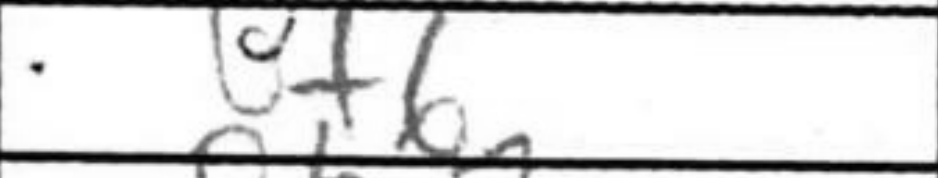
Transcription: Bf6